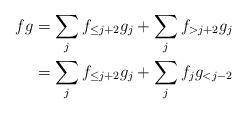
LaTeX: \begin{align*}fg & = \sum_j f_{\le j+2} g_j + \sum_j f_{>j+2} g_j \\& = \sum_j f_{\le j+2} g_j + \sum_j f_j g_{<j-2}\end{align*}